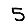
Digit: 5